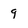
Character: 9